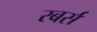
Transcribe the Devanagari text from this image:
रबर्स